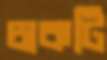
চাকটি